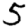
Digit: 5